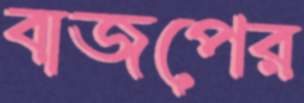
বাজপের